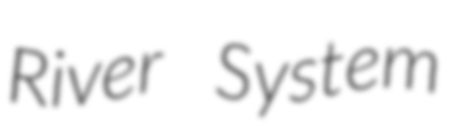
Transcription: River System